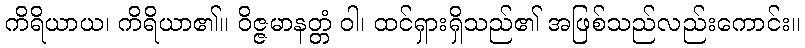
ကိရိယာယ၊ ကိရိယာ၏။ ဝိဇ္ဇမာနတ္တံ ဝါ၊ ထင်ရှားရှိသည်၏ အဖြစ်သည်လည်းကောင်း။